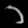
Digit: ၁